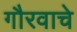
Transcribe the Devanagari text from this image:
गौरवाचे